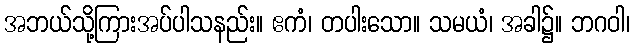
အဘယ်သို့ကြားအပ်ပါသနည်း။ ဧကံ၊ တပါးသော။ သမယံ၊ အခါ၌။ ဘဂဝါ၊